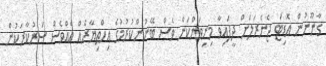
ގާނޫނުން އޮޑިޓަ ޖެނެރަލަށް ދީފައިވާ މިނިވަންކަން ވެސް ބޭނުންކުރުމުގެ އިހްތިޔާރެއް އެއްވެސް ސަރުކާރަކުން